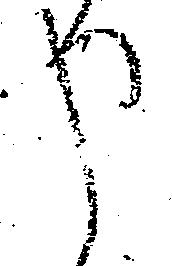
申